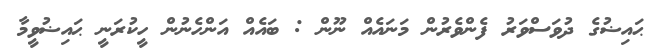
ޙައިޟުގެ ދުވަސްވަރު ފެންވެރުން މަނައެއް ނޫން : ބައެއް އަންހެނުން ހީކުރަނީ ޙައިޟުވީމާ